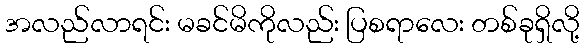
အလည်လာရင်း မခင်မိကိုလည်း ပြစရာလေး တစ်ခုရှိလို့